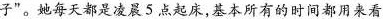
子”。她每天都是凌晨5点起床，基本所有的时间都用来看